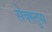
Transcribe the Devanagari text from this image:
सेक्स्तुस